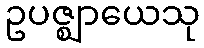
ဥပဇ္ဈာယေသု